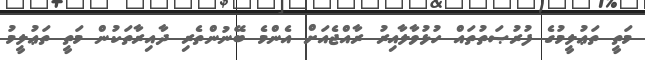
މަތީ ތަޢުލީމުގެ ފުރުޞަތުތައް ހުޅުވާލާއިރު ރާއްޖެއަށް އެންމެ ބޭނުންތެރި ދާއިރާތަކުން މަތީ ތަޢުލީމު